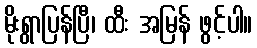
မိုးရွာပြန်ပြီ၊ ထီး အမြန် ဖွင့်ပါ။